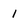
Character: I